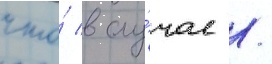
что́ в слу́чае /